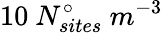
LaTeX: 10\ N_{sites}^{\circ}\ m^{-3}